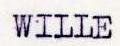
WILLE